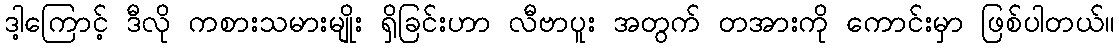
ဒါ့ကြောင့် ဒီလို ကစားသမားမျိုး ရှိခြင်းဟာ လီဗာပူး အတွက် တအားကို ကောင်းမှာ ဖြစ်ပါတယ်။